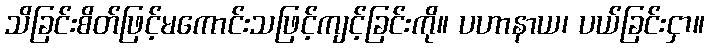
သိခြင်းစိတ်ဖြင့်မကောင်းသဖြင့်ကျင့်ခြင်းကို။ ပဟာနာယ၊ ပယ်ခြင်းငှာ။